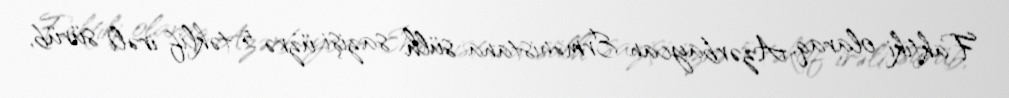
Faktiki olaraq, Azərbaycan Ermənistana sülh sazişi üzrə 5 təklif irəli sürüb,